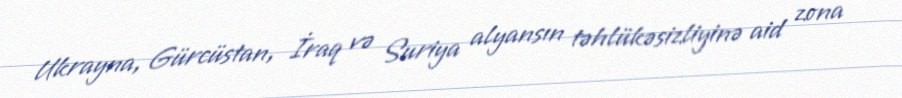
Ukrayna, Gürcüstan, İraq və Suriya alyansın təhlükəsizliyinə aid zona